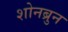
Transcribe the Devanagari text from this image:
शोनब्रुन